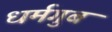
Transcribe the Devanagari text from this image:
धर्मगुब